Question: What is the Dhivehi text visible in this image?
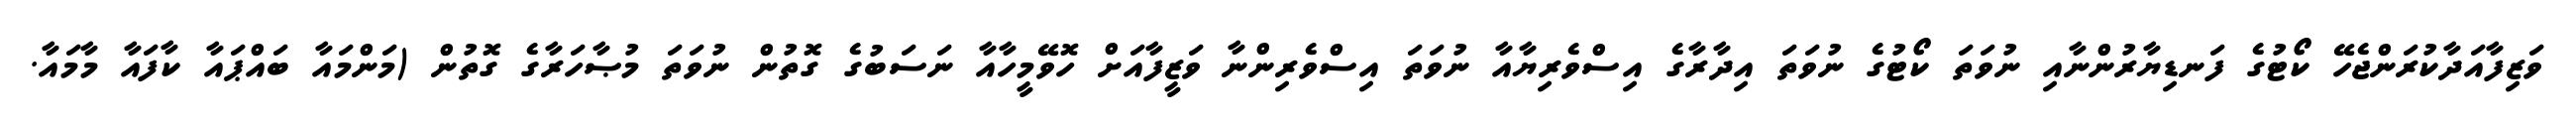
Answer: ވަޒިފާއަދާކުރަންޖެހޭ ކޯޓުގެ ފަނޑިޔާރުންނާއި ނުވަތަ ކޯޓުގެ ނުވަތަ އިދާރާގެ އިސްވެރިޔާއާ ނުވަތަ އިސްވެރިންނާ ވަޒީފާއަށް ހޮވޭމީހާއާ ނަސަބުގެ ގޮތުން ނުވަތަ މުޞާހަރާގެ ގޮތުން (މަންމައާ ބައްޕައާ ކާފައާ މާމައާ.